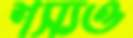
শস্যও